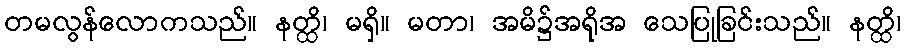
တမလွန်လောကသည်။ နတ္ထိ၊ မရှိ။ မတာ၊ အမိ၌အရိုအ သေပြုခြင်းသည်။ နတ္ထိ၊